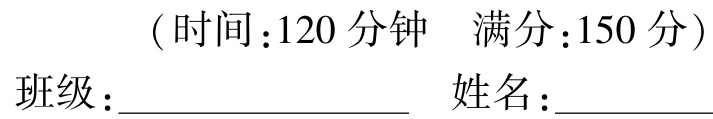
（时间：120 分钟  满分：150 分）
班级：____________________  姓名：__________________